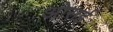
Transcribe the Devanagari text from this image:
ओसई